Annual report of the Civil Veterinary Department, Bengal, for the year 1897-98 - 1897-1898
Year: 1897
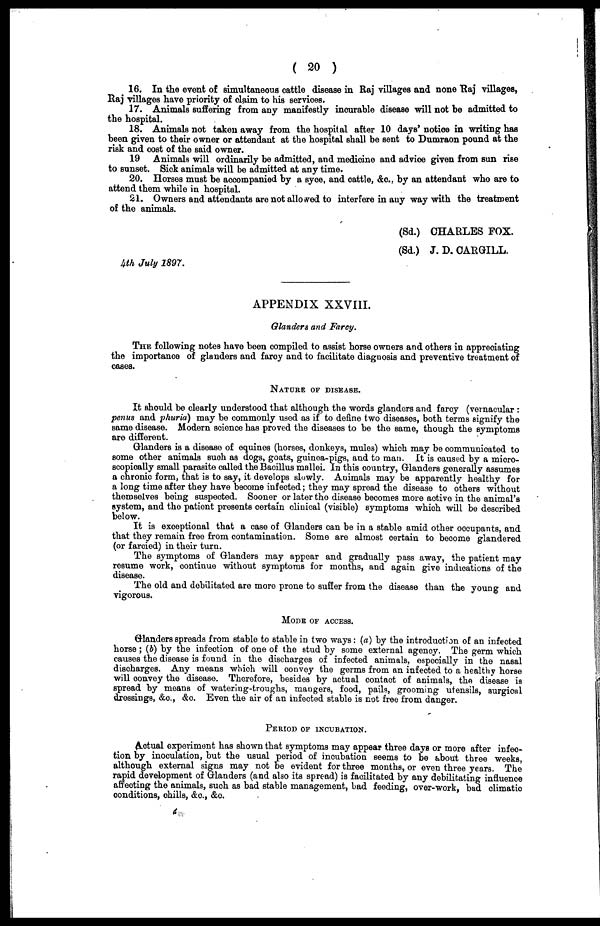
( 20 )
16. In the event of simultaneous cattle disease in Raj villages and none Raj villages,
Raj villages have priority of claim to his services.
17. Animals suffering from any manifestly incurable disease will not be admitted to
the hospital.
18. Animals not taken away from the hospital after 10 days' notice in writing has
been given to their owner or attendant at the hospital shall be sent to Dumraon pound at the
risk and cost of the said owner.
19 Animals will ordinarily be admitted, and medicine and advice given from sun rise
to sunset. Sick animals will be admitted at any time.
20. Horses must be accompanied by a syce, and cattle, &c., by an attendant who are to
attend them while in hospital.
21. Owners and attendants are not allowed to interfere in any way with the treatment
of the animals.
(Sd.) CHARLES FOX.
(Sd.) J. D. CARGILL.
4th July 1897.
APPENDIX XXVIII.
Glanders and Farcy.
THE following notes have been compiled to assist horse owners and others in appreciating
the importance of glanders and farcy and to facilitate diagnosis and preventive treatment of
cases.
NATURE OF DISEASE.
It should be clearly understood that although the words glanders and farcy (vernacular :
penus and phuria) may be commonly used as if to define two diseases, both terms signify the
same disease. Modern science has proved the diseases to be the same, though the symptoms
are different.
Glanders is a disease of equines (horses, donkeys, mules) which may be communicated to
some other animals such as dogs, goats, guinea-pigs, and to man. It is caused by a micro-
scopically small parasite called the Bacillus mallei. In this country, Glanders generally assumes
a chronic form, that is to say, it develops slowly. Animals may be apparently healthy for
a long time after they have become infected ; they may spread the disease to others without
themselves being suspected. Sooner or later the disease becomes more active in the animal's
system, and the patient presents certain clinical (visible) symptoms which will be described
below.
It is exceptional that a case of Glanders can be in a stable amid other occupants, and
that they remain free from contamination. Some are almost certain to become glandered
(or farcied) in their turn.
The symptoms of Glanders may appear and gradually pass away, the patient may
resume work, continue without symptoms for months, and again give indications of the
disease.
The old and debilitated are more prone to suffer from the disease than the young and
vigorous.
MODE OF ACCESS.
Glanders spreads from stable to stable in two ways : (a) by the introduction of an infected
horse ; (b) by the infection of one of the stud by some external agency. The germ which
causes the disease is found in the discharges of infected animals, especially in the nasal
discharges. Any means which will convey the germs from an infected to a healthy horse
will convey the disease. Therefore, besides by actual contact of animals, the disease is
spread by means of watering-troughs, mangers, food, pails, grooming utensils, surgical
dressings, &c., &c. Even the air of an infected stable is not free from danger.
PERIOD OF INCUBATION.
Actual experiment has shown that symptoms may appear three days or more after infec-
tion by inoculation, but the usual period of incubation seems to be about three weeks,
although external signs may not be evident for three months, or even three years. The
rapid development of Glanders (and also its spread) is facilitated by any debilitating influence
afrecting the animals, such as bad stable management, had feeding, over-work, bad climatic
conditions, chills, &c., &c.